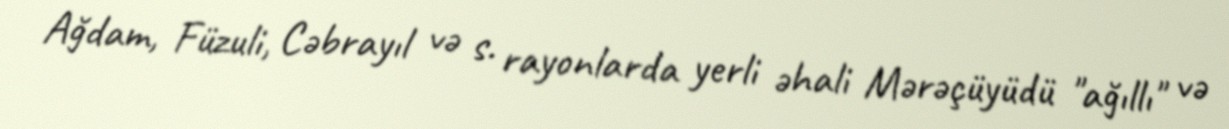
Ağdam, Füzuli, Cəbrayıl və s. rayonlarda yerli əhali Mərəçüyüdü "ağıllı" və